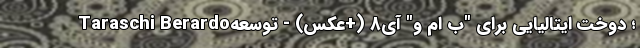
Taraschi Berardo؛ دوخت ایتالیایی برای "ب ام و" آی8 (+عکس) - توسعه